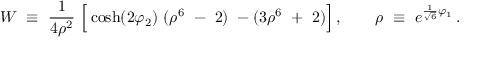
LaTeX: { \cal W } ~ \equiv ~ { \frac { 1 } { 4 \rho ^ { 2 } } } ~ \Big [ \cosh ( 2 \varphi _ { 2 } ) ~ ( \rho ^ { 6 } ~ - ~ 2 ) ~ - ( 3 \rho ^ { 6 } ~ + ~ 2 ) \Big ] \, , \qquad \rho ~ \equiv ~ e ^ { { \frac { 1 } { \sqrt { 6 } } } \varphi _ { 1 } } \, .